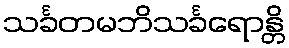
သင်္ခတမဘိသင်္ခရောန္တိ